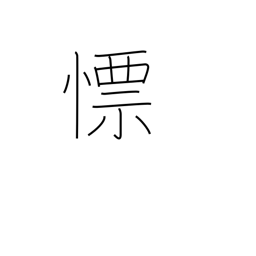
Meaning: quick